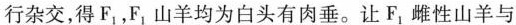
行杂交，得F_{1}，F_{1} 山羊均为白头有肉垂。让F_{1} 雌性山羊与